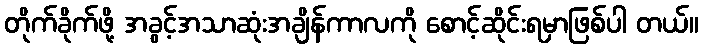
တိုက်ခိုက်ဖို့ အခွင့်အသာဆုံးအချိန်ကာလကို စောင့်ဆိုင်းရမှာဖြစ်ပါ တယ်။